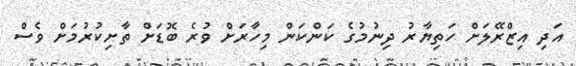
އަދި އިޒްރޭލަށް ހަތިޔާރު ދިނުމުގެ ކަންކަން މިހާރަށް ވުރެ ބޮޑަށް ތާށިކުރުމަށް ވެސް